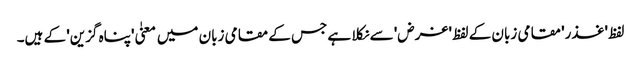
لفظ 'غذر' مقامی زبان کے لفظ 'غرض' سے نکلا ہے جس کے مقامی زبان میں معنیٰ 'پناہ گزین' کے ہیں۔